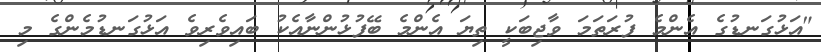
"އަޅުގަނޑުގެ އެންމެ ފުރަތަމަ ވާޖިބަކީ ތިޔަ އެންމެ ބޭފުޅުންނާއެކު ބައިވެރިވެ އަޅުގަނޑުމެންގެ މި